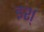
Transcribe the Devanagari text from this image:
इश्